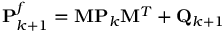
\mathbf { P } _ { k + 1 } ^ { f } = \mathbf { M } \mathbf { P } _ { k } \mathbf { M } ^ { T } + \mathbf { Q } _ { k + 1 }